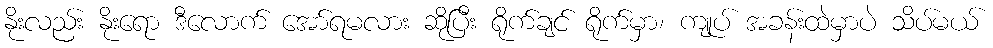
နိုးလည်း နိုးရော ဒီလောက် အော်ရမလား ဆိုပြီး ရိုက်ချင် ရိုက်မှာ၊ ကျုပ် အခန်းထဲမှာပဲ သိပ်မယ်